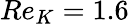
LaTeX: Re_{K}=1.6